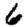
Digit: 6